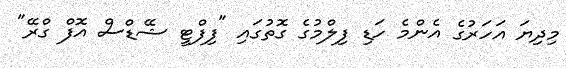
މިދިޔަ އަހަރުގެ އެންމެ ހަޑި ފިލްމުގެ ގޮތުގައި "ފިފްޓީ ޝޭޑްސް އޮފް ގްރޭ"